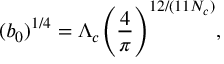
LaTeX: ( b _ { 0 } ) ^ { 1 / 4 } = \Lambda _ { c } \Bigg ( \frac { 4 } { \pi } \Bigg ) ^ { 1 2 / ( 1 1 N _ { c } ) } ,